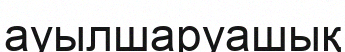
ауылшаруашық